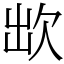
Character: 欪